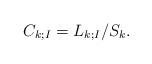
LaTeX: \begin{align*}C_{k;I}=L_{k;I}/S_k.\end{align*}